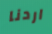
اردنا